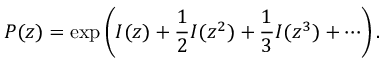
P ( z ) = \exp \left( I ( z ) + { \frac { 1 } { 2 } } I ( z ^ { 2 } ) + { \frac { 1 } { 3 } } I ( z ^ { 3 } ) + \cdots \right) .